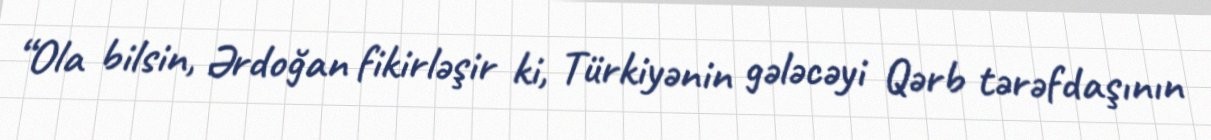
“Ola bilsin, Ərdoğan fikirləşir ki, Türkiyənin gələcəyi Qərb tərəfdaşının